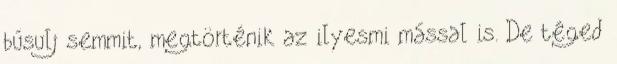
búsulj semmit, megtörténik az ilyesmi mással is. De téged